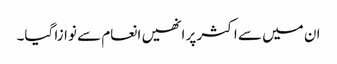
ان میں سے اکثر پر انھیں انعام سے نوازا گیا۔